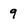
Character: 9